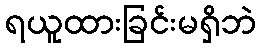
ရယူထားခြင်းမရှိဘဲ